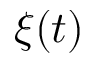
\xi ( t )